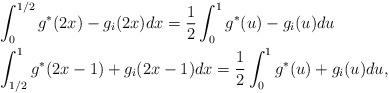
LaTeX: \begin{align*}&\int_0^{1/2} g^*(2x) - g_i(2x) dx = \frac{1}{2}\int_0^1 g^*(u) - g_i(u) du\\&\int_{1/2}^{1} g^*(2x-1) + g_i(2x-1) dx = \frac{1}{2} \int_{0}^1 g^*(u)+g_i(u)du,\end{align*}